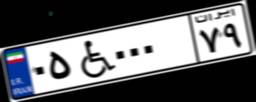
۰۵W۰۰۰۷۹